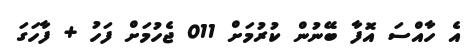
އެ ހާއްސަ އޮފާ ބޭނުން ކުރުމަށް 011 ޖެހުމަށް ފަހު + ފާހަގަ